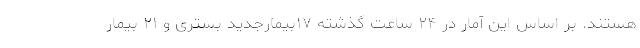
هستند. بر اساس این آمار در ۲۴ ساعت گذشته ۱۷بیمارجدید بستری و ۲۱ بیمار